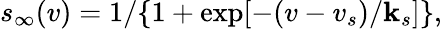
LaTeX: s_{\infty}(v)=1/\lbrace1+\exp[-(v-v_{s})/\mathbf{k}_{s}]\rbrace,